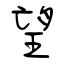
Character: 望